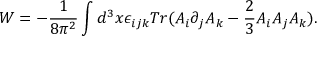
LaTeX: W = - \frac { 1 } { 8 \pi ^ { 2 } } \int d ^ { 3 } x \epsilon _ { i j k } T r ( A _ { i } \partial _ { j } A _ { k } - \frac { 2 } { 3 } A _ { i } A _ { j } A _ { k } ) .